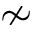
\nsim